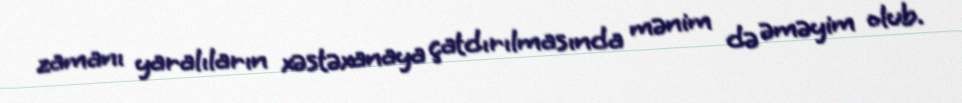
zamanı yaralıların xəstəxanaya çatdırılmasında mənim də əməyim olub.